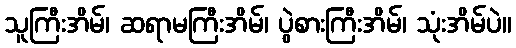
သူကြီးအိမ်၊ ဆရာမကြီးအိမ်၊ ပွဲစားကြီးအိမ်၊ သုံးအိမ်ပဲ။